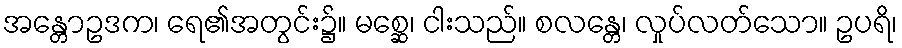
အန္တောဥဒက၊ ရေ၏အတွင်း၌။ မစ္ဆေ၊ ငါးသည်။ စလန္တေ၊ လှုပ်လတ်သော။ ဥပရိ၊